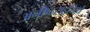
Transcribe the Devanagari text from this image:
अनीष्ठसहूयिर्थे